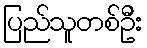
ပြည်သူတစ်ဦး